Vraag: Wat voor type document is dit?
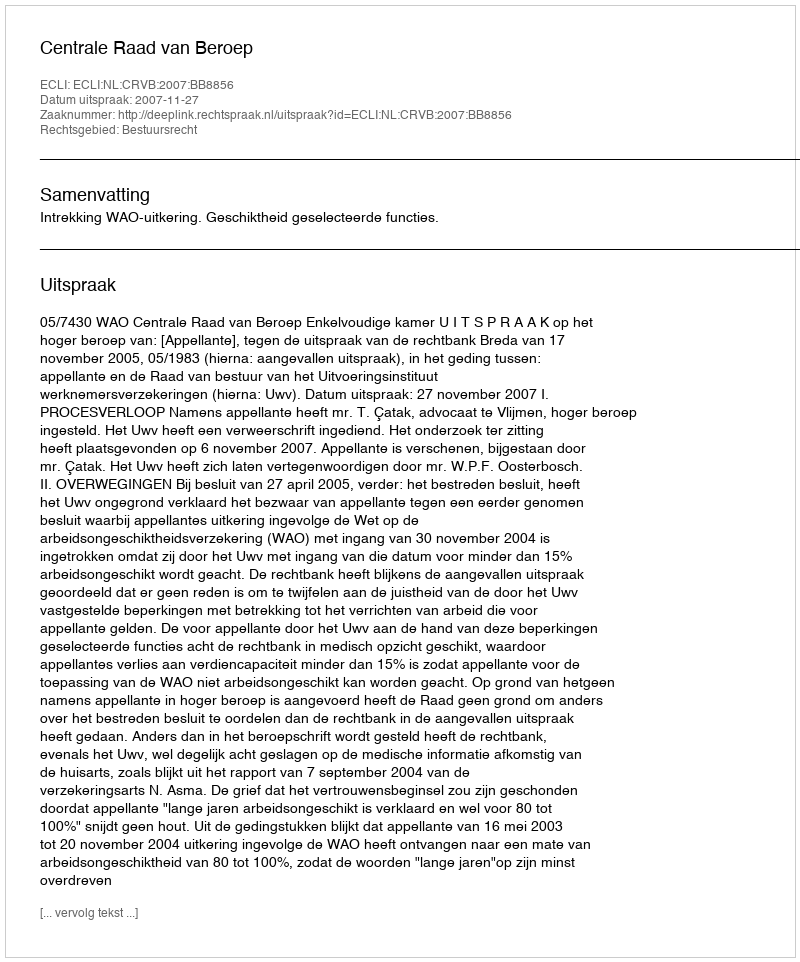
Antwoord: Uitspraak